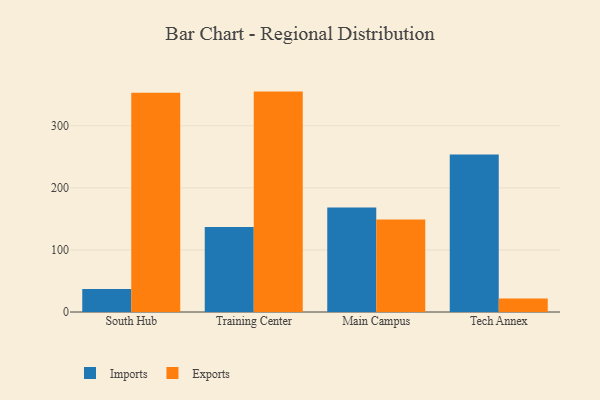
{"axis": {"x": "Campus", "y": "Tickets Resolved"}, "legend": ["Exports", "Imports"], "data": [{"x": "South Hub", "y": 37.0, "type": "Imports"}, {"x": "South Hub", "y": 353.3, "type": "Exports"}, {"x": "Training Center", "y": 137.0, "type": "Imports"}, {"x": "Training Center", "y": 355.1, "type": "Exports"}, {"x": "Main Campus", "y": 168.3, "type": "Imports"}, {"x": "Main Campus", "y": 149.1, "type": "Exports"}, {"x": "Tech Annex", "y": 253.8, "type": "Imports"}, {"x": "Tech Annex", "y": 21.7, "type": "Exports"}]}